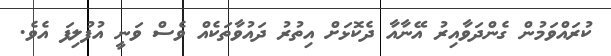
ކުރައްވަމުން ގެންދަވާއިރު އޭނާއާ ދެކޮޅަށް އިތުރު ދައުވާތަކެއް ވެސް ވަނީ އުފުލިފަ އެވެ.